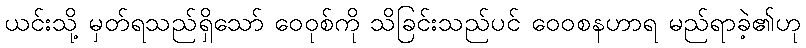
ယင်းသို့ မှတ်ရသည်ရှိသော် ဝေဝုစ်ကို သိခြင်းသည်ပင် ဝေဝစနဟာရ မည်ရာခဲ့၏ဟု